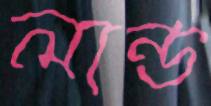
লান্ড